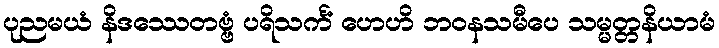
ပုညမယံ နိဒဿေတဗ္ဗံ ပရိသင်္ကံ ဟေဟိ ဘဝနသမီပေ သမ္မတ္တနိယာမံ